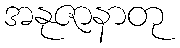
အနုဇာနာတု